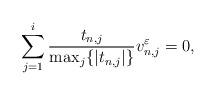
LaTeX: \begin{align*}\sum_{j=1}^i \frac{t_{n,j}}{\max_j\{|t_{n,j}|\}} v_{n,j}^\varepsilon=0,\end{align*}